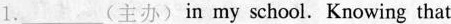
1.___(主办)in my school. Knowing that